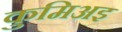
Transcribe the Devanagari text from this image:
कुमिअइ